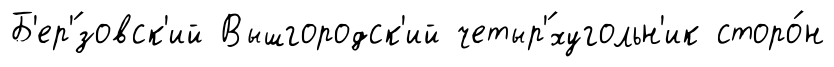
Б'ер'́зовск'ий Вышгородск'ий четыр'́хугольн'ик сторо́н